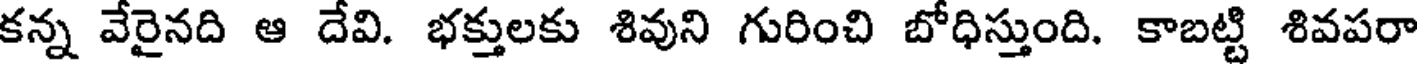
కన్న వేరైనది ఆ దేవి. భక్తులకు శివుని గురించి బోధిస్తుంది. కాబట్టి శివపరా